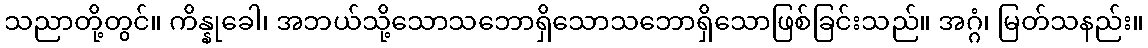
သညာတို့တွင်။ ကိန္နုခေါ၊ အဘယ်သို့သောသဘောရှိသောသဘောရှိသောဖြစ်ခြင်းသည်။ အဂ္ဂံ၊ မြတ်သနည်း။